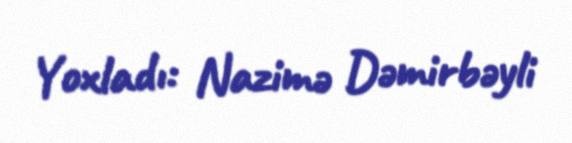
Yoxladı: Nazimə Dəmirbəyli